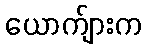
ယောက်ျားက